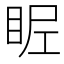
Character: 𥅣